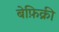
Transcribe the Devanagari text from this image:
बेफ़िक्री